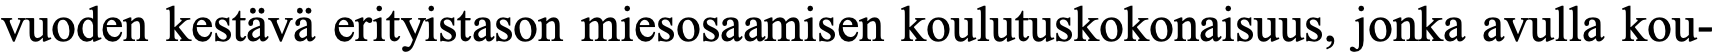
vuoden kestävä erityistason miesosaamisen koulutuskokonaisuus, jonka avulla kou-